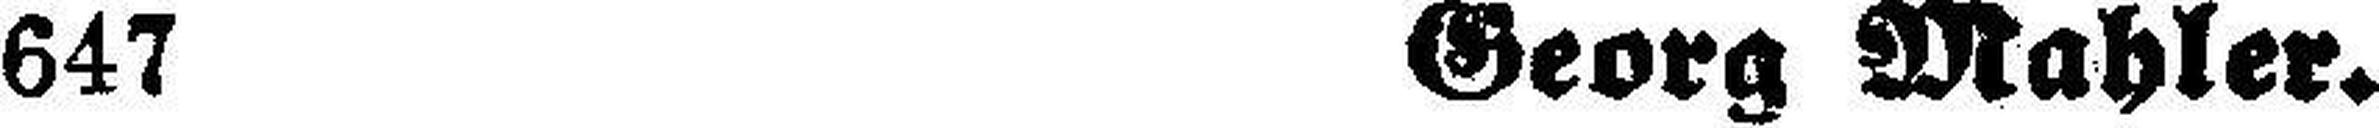
647 Georg Mahler.